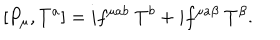
\left[ P _ { \mu } , T ^ { a } \right] = i f ^ { \mu a b } \ T ^ { b } + i f ^ { \mu a \beta } \ T ^ { \beta } .